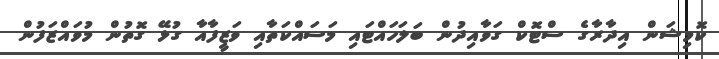
ކޮމިޝަން އިދާރާގެ ސްޓޮކް ގަވާއިދުން ބަލަހައްޓައި މަސައްކަތާއި ވަޒީފާއާ ގުޅޭ ގޮތުން މުވައްޒަފުން